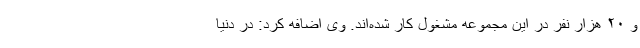
و ۲۰ هزار نفر در این مجموعه مشغول کار شده‌اند. وی اضافه کرد: در دنیا